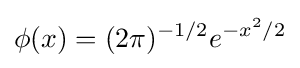
\phi (x)=(2\pi )^{-1/2}e^{-x^{2}/2}